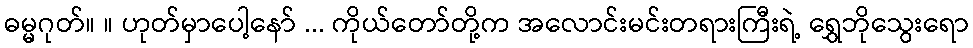
ဓမ္မဂုတ်။ ။ ဟုတ်မှာပေါ့နော် ... ကိုယ်တော်တို့က အလောင်းမင်းတရားကြီးရဲ့ ရွှေဘိုသွေးရော